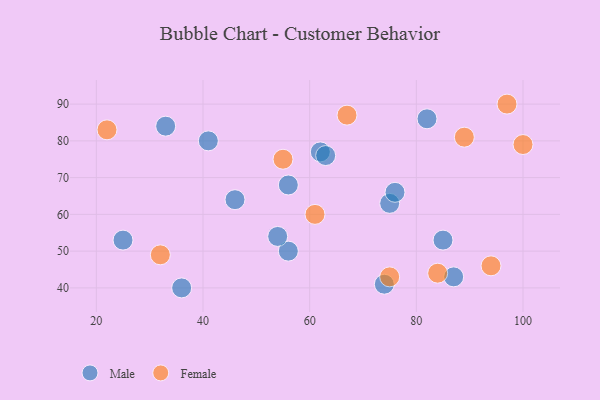
{"axis": {"x": "GDP", "y": "Life Expectancy"}, "legend": ["Female", "Male"], "data": [{"x": "62", "y": 77, "type": "Male"}, {"x": "75", "y": 63, "type": "Male"}, {"x": "25", "y": 53, "type": "Male"}, {"x": "46", "y": 64, "type": "Male"}, {"x": "56", "y": 68, "type": "Male"}, {"x": "33", "y": 84, "type": "Male"}, {"x": "87", "y": 43, "type": "Male"}, {"x": "74", "y": 41, "type": "Male"}, {"x": "82", "y": 86, "type": "Male"}, {"x": "85", "y": 53, "type": "Male"}, {"x": "76", "y": 66, "type": "Male"}, {"x": "36", "y": 40, "type": "Male"}, {"x": "41", "y": 80, "type": "Male"}, {"x": "56", "y": 50, "type": "Male"}, {"x": "54", "y": 54, "type": "Male"}, {"x": "63", "y": 76, "type": "Male"}, {"x": "97", "y": 90, "type": "Female"}, {"x": "22", "y": 83, "type": "Female"}, {"x": "89", "y": 81, "type": "Female"}, {"x": "55", "y": 75, "type": "Female"}, {"x": "75", "y": 43, "type": "Female"}, {"x": "32", "y": 49, "type": "Female"}, {"x": "67", "y": 87, "type": "Female"}, {"x": "61", "y": 60, "type": "Female"}, {"x": "84", "y": 44, "type": "Female"}, {"x": "94", "y": 46, "type": "Female"}, {"x": "100", "y": 79, "type": "Female"}]}